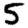
Digit: 5